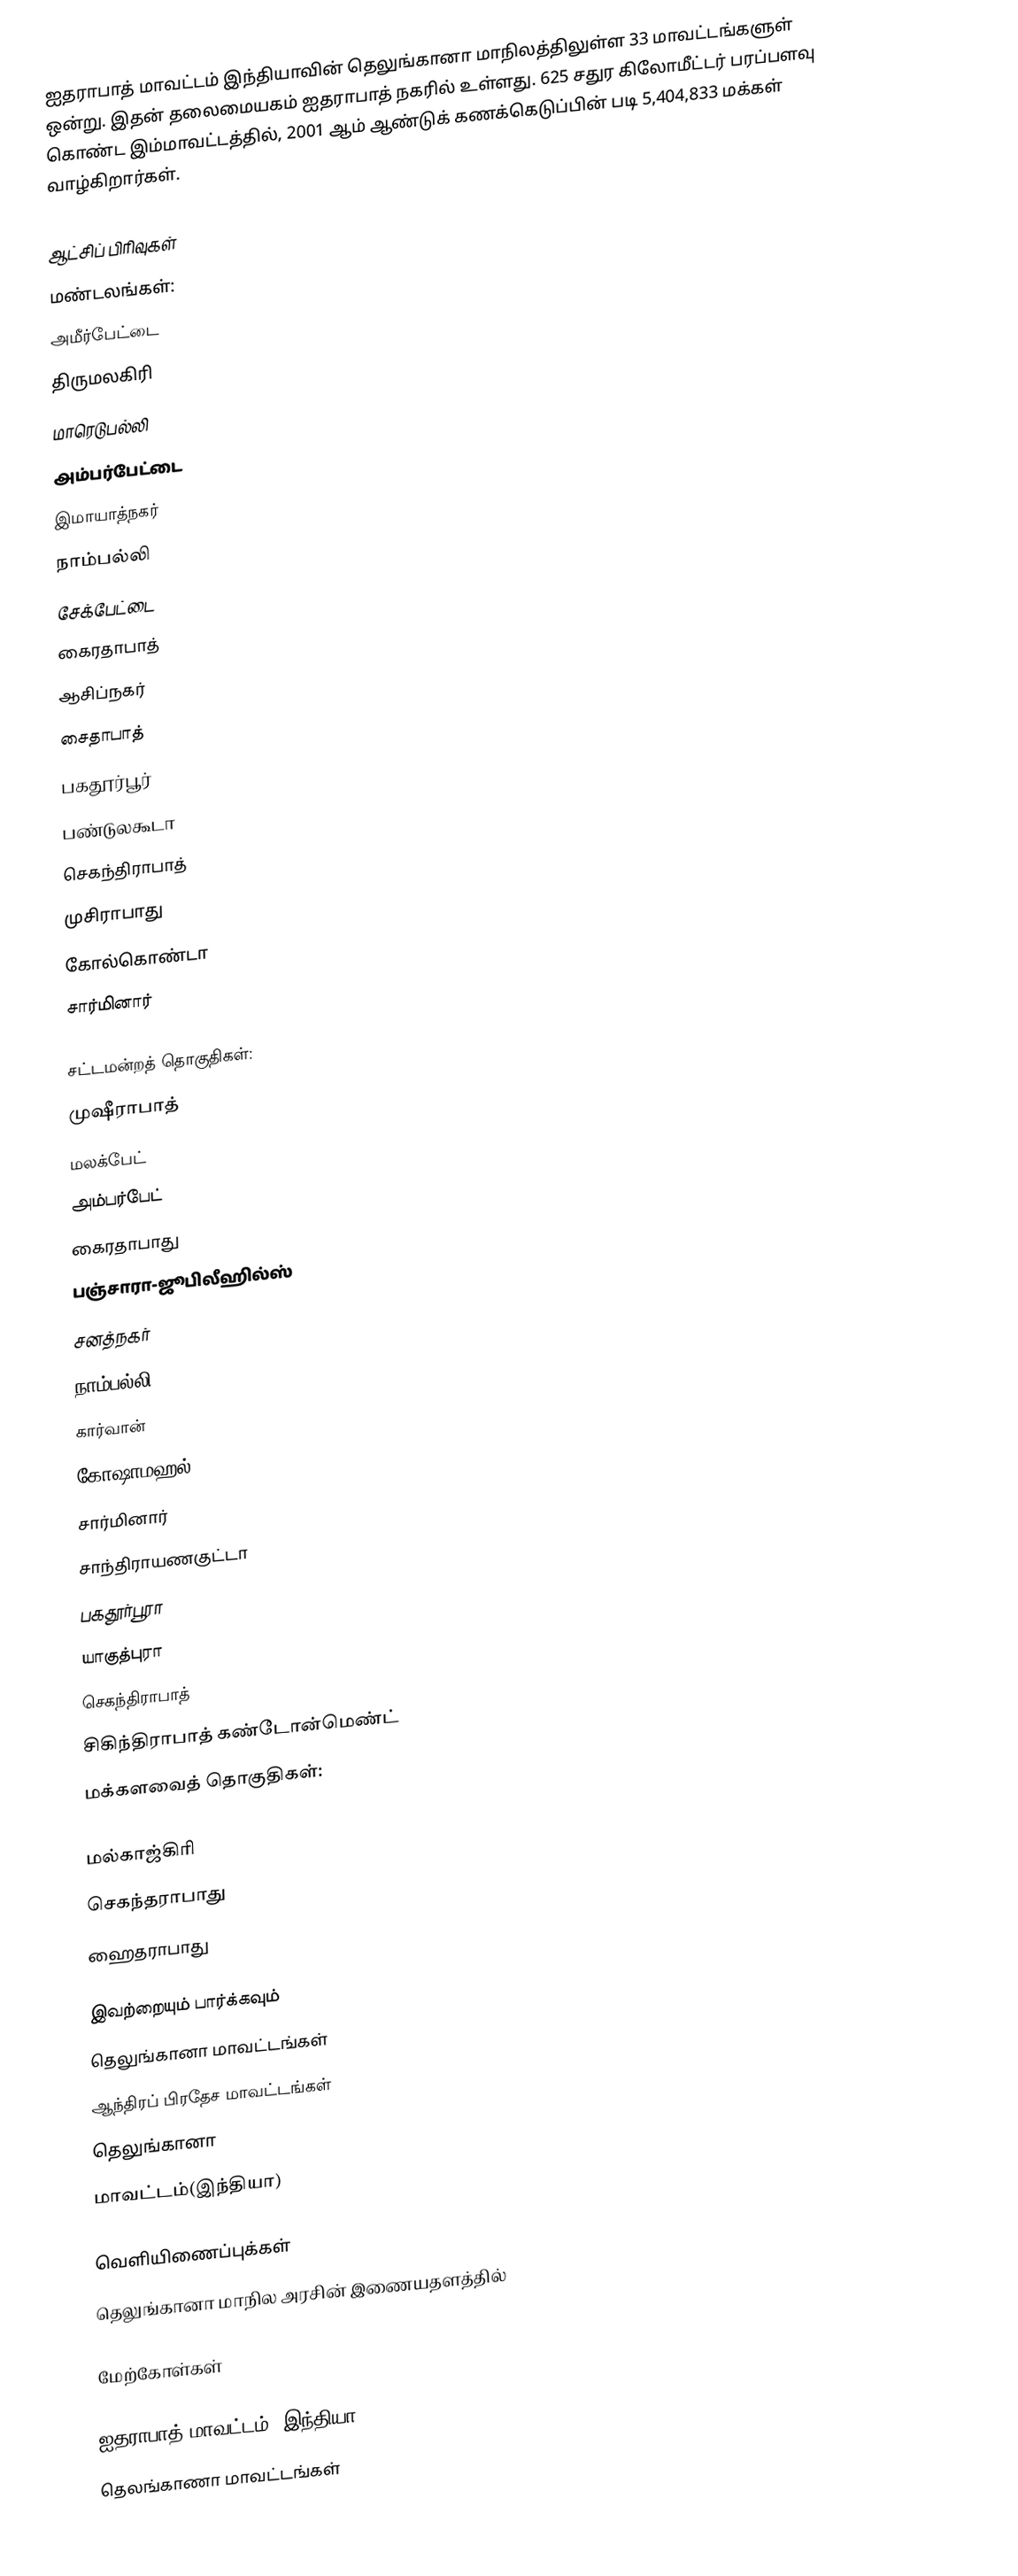
ஐதராபாத் மாவட்டம் இந்தியாவின் தெலுங்கானா மாநிலத்திலுள்ள 33 மாவட்டங்களுள் ஒன்று. இதன் தலைமையகம் ஐதராபாத் நகரில் உள்ளது. 625 சதுர கிலோமீட்டர் பரப்பளவு கொண்ட இம்மாவட்டத்தில், 2001 ஆம் ஆண்டுக் கணக்கெடுப்பின் படி 5,404,833 மக்கள் வாழ்கிறார்கள்.

ஆட்சிப் பிரிவுகள்
மண்டலங்கள்:
  அமீர்‌பேட்டை
  திருமலகிரி
  மாரெடுபல்லி
  அம்பர்‌பேட்டை
  இமாயாத்நகர்
  நாம்பல்லி
  சேக்‌பேட்டை
  கைரதாபாத்
  ஆசிப்‌நகர்
  சைதாபாத்
  பகதூர்‌பூர்
  பண்டுலகூடா
  செகந்திராபாத்
  முசிராபாது
  கோல்கொண்டா
  சார்மினார்

சட்டமன்றத் தொகுதிகள்:
 முஷீராபாத்
 மலக்‌பேட்
 அம்பர்‌பேட்
கைரதாபாது
 பஞ்சாரா-ஜூபிலீஹில்ஸ்
சனத்நகர்
 நாம்பல்லி
 கார்வான்
 கோஷாமஹல்
 சார்மினார்
 சாந்திராயணகுட்டா
 பகதூர்‌பூரா
யாகுத்புரா
செகந்திராபாத்
சிகிந்திராபாத் கண்டோன்மெண்ட்
மக்களவைத் தொகுதிகள்:

 மல்காஜ்‌கிரி
 செகந்தராபாது
 ஹைதராபாது

இவற்றையும் பார்க்கவும்
 தெலுங்கானா மாவட்டங்கள்
 ஆந்திரப் பிரதேச மாவட்டங்கள்
 தெலுங்கானா
 மாவட்டம்(இந்தியா)

வெளியிணைப்புக்கள்
 தெலுங்கானா மாநில அரசின் இணையதளத்தில்

மேற்கோள்கள்

ஐதராபாத் மாவட்டம், இந்தியா
தெலங்காணா மாவட்டங்கள்